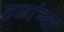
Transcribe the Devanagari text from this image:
तळांच्या